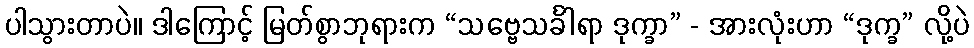
ပါသွားတာပဲ။ ဒါကြောင့် မြတ်စွာဘုရားက “သဗ္ဗေသင်္ခါရာ ဒုက္ခာ” - အားလုံးဟာ “ဒုက္ခ” လို့ပဲ